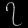
Digit: ၇